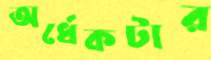
অর্ধেকটার